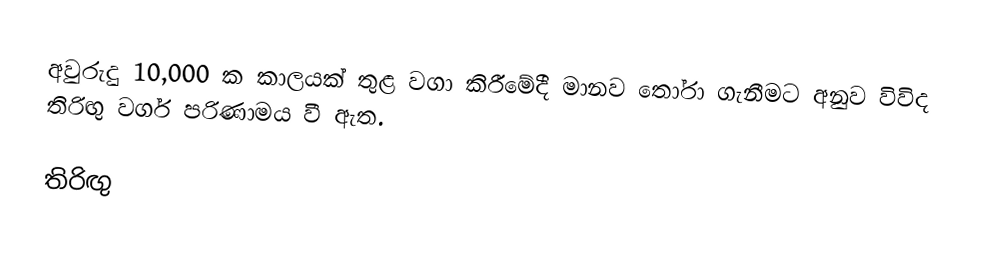
අවුරුදු 10,000 ක කාලයක් තුළ වගා කිරීමේදී මානව තෝරා ගැනීමට අනුව විවිද තිරිඟු වර්ග පරිණාමය වී ඇත.

තිරිඟු